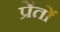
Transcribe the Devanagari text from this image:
प्रेंतों